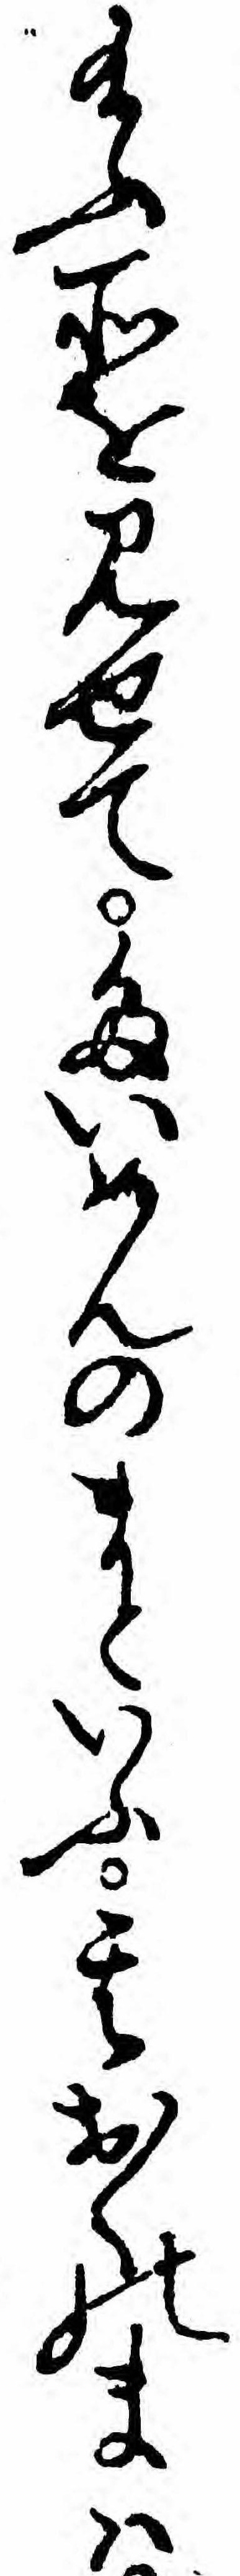
給ふ所を見せてたいめんのまといふ其おくのまハ